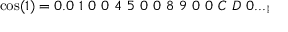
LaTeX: \cos ( 1 ) = 0 . 0 \ 1 \ 0 \ 0 \ 4 \ 5 \ 0 \ 0 \ 8 \ 9 \ 0 \ 0 \ C \ D \ 0 . . . _ { ! }